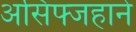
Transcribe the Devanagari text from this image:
असिफ्जहाने